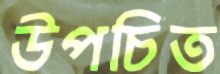
উপচিত